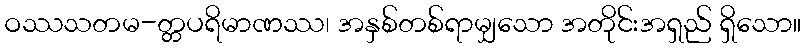
ဝဿသတမ-တ္တပရိမာဏဿ၊ အနှစ်တစ်ရာမျှသော အတိုင်းအရှည် ရှိသော။